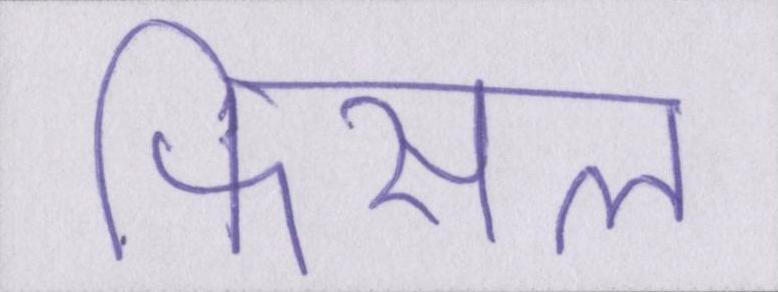
फिसल